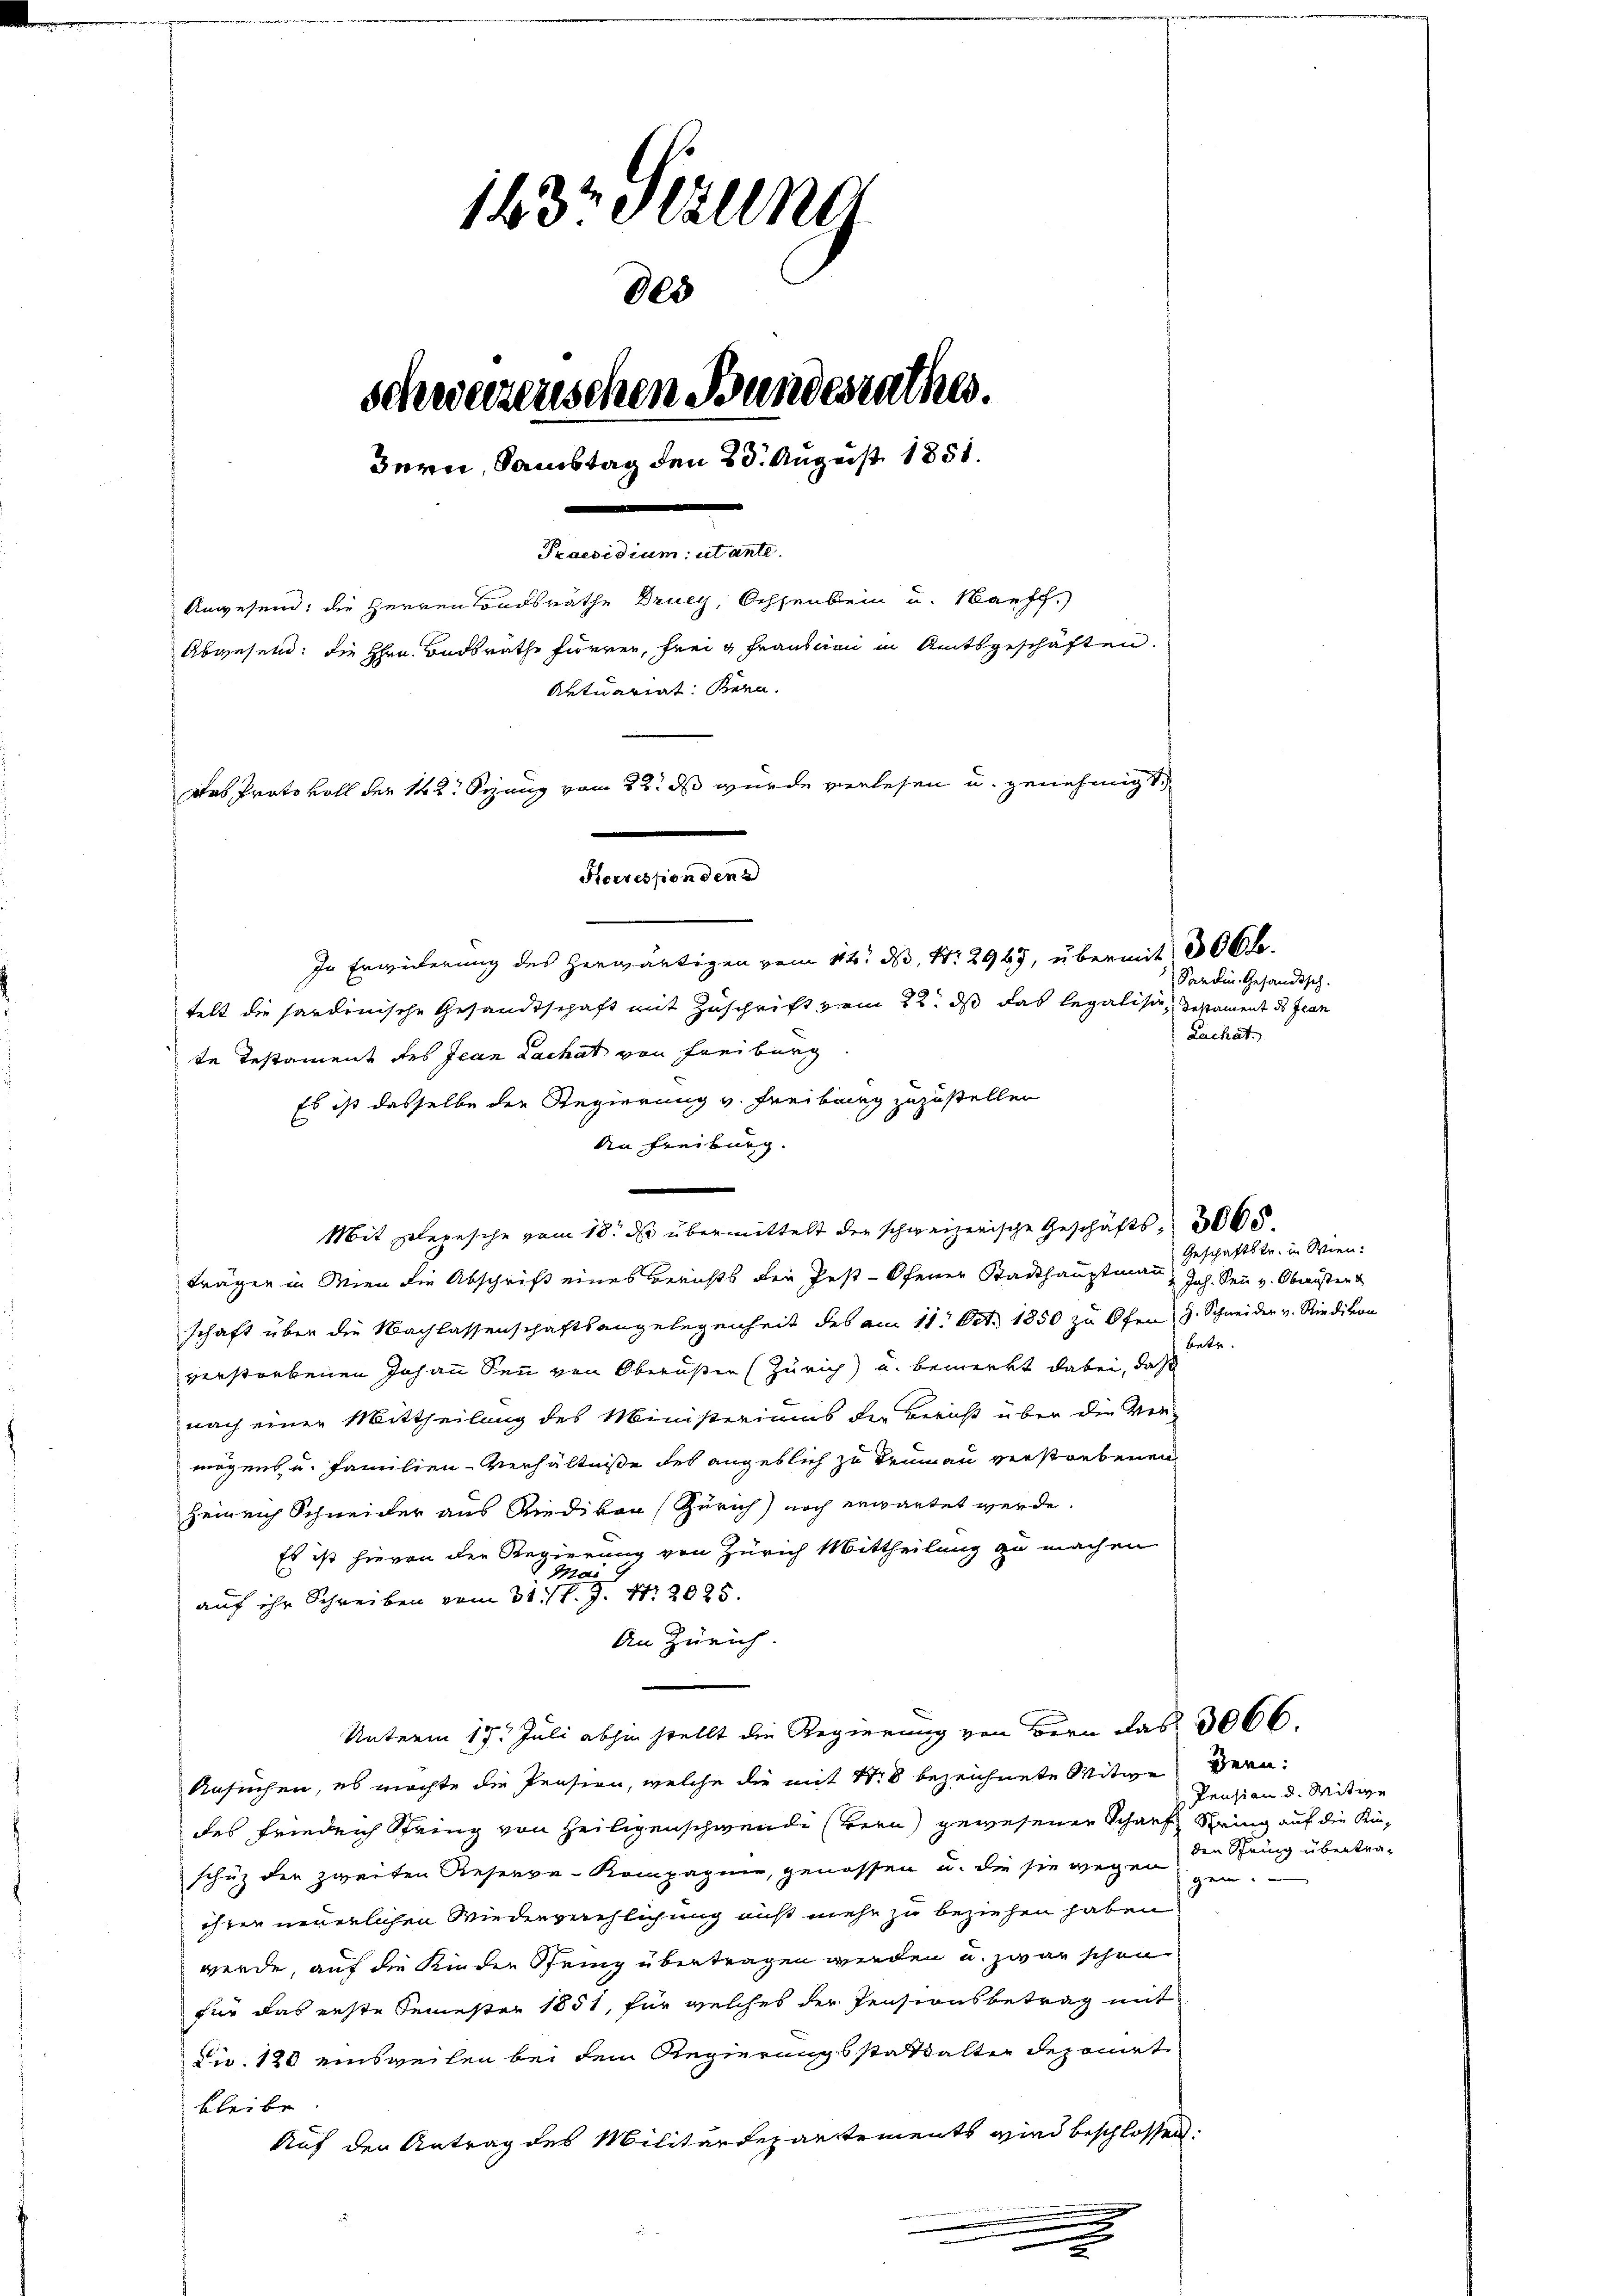
143 derung
schweizerischen Bandesrathes.
Bern, Samstag den 23. August 1851.
Praesidium utante.
Anwesend: die Herren Fondsräthe Drucy, Ochsenbein u. Harff.)
Abwesen; die Hrn. Badsrathe Furrer, frei & Frantien in Amtsgeschäften.
Aktuariat. Bern.
Das Protokoll der 142. Sezung vom 22. ds wurde verlesen u. genehmigt
Korression den
In Erwiederung des herwärtigen vom 11ten d. 1. 2965, übermit 366 f.

805

telt die sardinische Gesandtschaft mit Zuschrift vom 22. dß das legalisch, Gestament des Fran
te Testament des Jean Lachat von Freiburg
Mit Depesche vom 18. ds übermittelt der schweizerische Geschäfts 3000.
trägen in Wien die Abschrift eines Berichts der Pest-Ofener Stadthauptmann, Joh. Sei v. Oberöster
schaft über die Nachlassenschaftsangelegenheit des am 11. Oct. 1850 zu Ofen J. Schneider v. Riedikon
verstorbenen Johann den von Oberuser (Zürich) u. bemerkt dabei, daß
nach einer Mittheilung des Ministeriums die Bericht über die Ver-
mögens u. Familien-Verhältniße des angeblich zu Trumann verstorbenen
Heinrich Schneider aus Riedikon (Zürich) noch erwartet werde.
Es ist hievon der Regierung von Zürich Mittheilung zu machen
a
auf ihr Schreiben vom 31./1. J. N. 2025.
An Zürich.
Unterm 17. Juli abhin stellt die Regierung von Bern das 3066.
Ansuchen, es möchte die Pension, welche die mit No 8 bezeichnete Witwe Bern:
des Friedrich Spring von Heiligenschwendi (Bern gewesenen Scharf Spring auf die Kinschutz der zweiten Reserve-Kompagnie, genossen u. die sie wegen den Spring übertra-
ihter neuerlichen Wiederverehlichung aus mehr zu beziehen haben
werde, auf die Kinder String übertragen werden u. zwar schon
für das erste Semester 1851, für welches der Pensionsbetrag mit
di. 120 einsweilen bei dem Regierungsstattalter deponirt
bleibe.
Auf den Antrag des Militärdepartements wird beschlossen:
.
.

An Freiburg.
e

Es ist dasselbe der Regierung v. Freibung zuzustellen

Sandin Gesandtsch.
Lachat.

Geschäftstr. in Wien.
betr.

Pension d. Mitwe
gen.